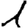
Digit: 1